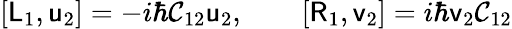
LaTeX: [\mathsf{L}_{1},\mathsf{u}_{2}]=-i\hbar\mathsf{\mathcal{C}}_{12}\mathsf{u}_{2},\qquad[\mathsf{R}_{1},\mathsf{v}_{2}]=i\hbar\mathsf{v}_{2}\mathsf{\mathcal{C}}_{12}